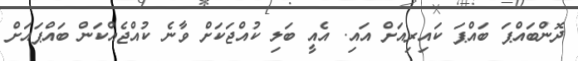
ދޮންބައްޕަ ބައްޕަ ކައިރިއަށް އައި. އެއީ ބަލި ކުއްޖަކަށް ވާނެ ކުއްޖެއްކަން ބައްޕައަށް